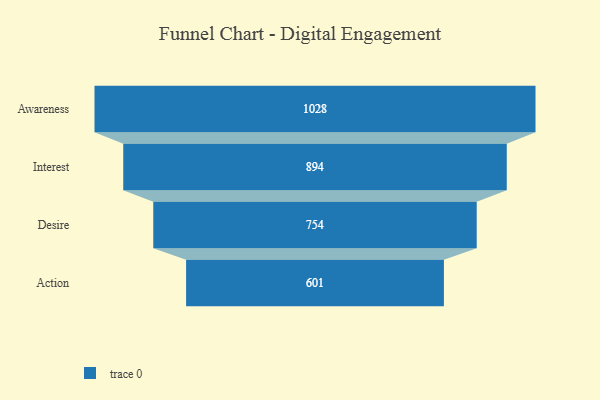
{"axis": {"x": "Stage", "y": "Value"}, "legend": [""], "data": [{"x": "Awareness", "y": 1028.0, "type": ""}, {"x": "Interest", "y": 894.0, "type": ""}, {"x": "Desire", "y": 754.0, "type": ""}, {"x": "Action", "y": 601.0, "type": ""}]}